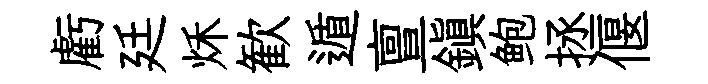
虧廷秌歓遁亶鎮鲍拯偃